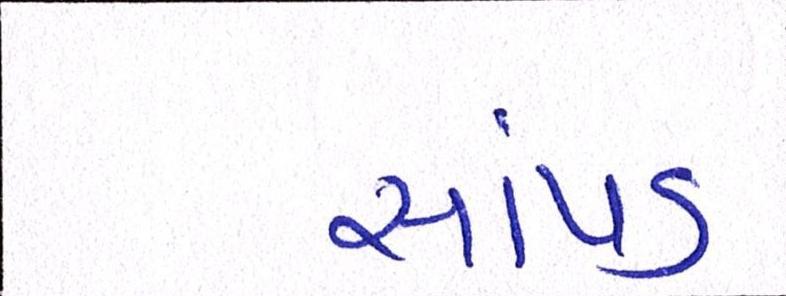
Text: સાંપડ